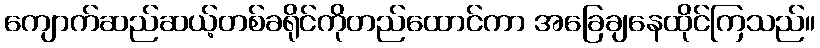
ကျောက်ဆည်ဆယ့်တစ်ခရိုင်ကိုတည်ထောင်ကာ အခြေချနေထိုင်ကြသည်။